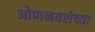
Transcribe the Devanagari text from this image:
ओणनवसेच्या